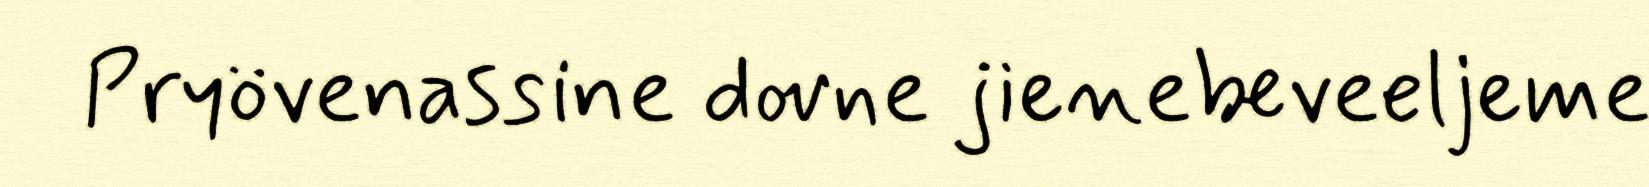
Pryövenassine dovne jienebeveeljeme